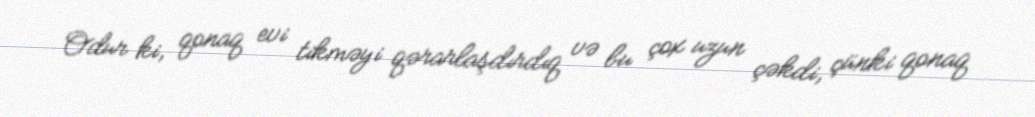
Odur ki, qonaq evi tikməyi qərarlaşdırdıq və bu çox uzun çəkdi, çünki qonaq